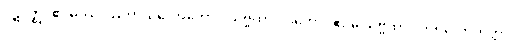
ပဋိဝိဇ္ဈိ။ ဧဝမဿ ဩကာသလောကောပိ သဗ္ဗထာ ဝိဒိတော။ ဧဝမ္ပိ သဗ္ဗထာ ဝိဒိတလောကတ္တာ